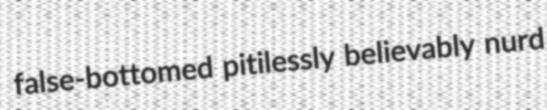
false-bottomed pitilessly believably nurd